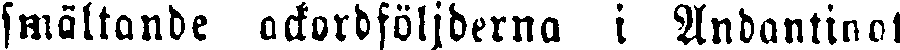
smältande ackordföljderna i Andantinot